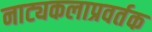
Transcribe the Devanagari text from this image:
नाट्यकलाप्रवर्तक